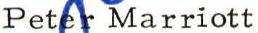
Peter Marriott